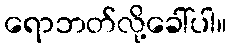
ရောဘတ်လို့ခေါ်ပါ။